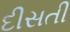
દીસતી